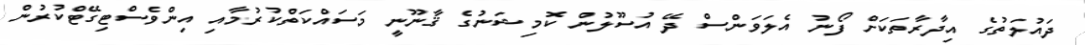
ދައުލަތުގެ އިދާރާތަކަށް ފޯނު އެލަވަންސް ދޭ އުސޫލުން ކޮމިޝަނުގެ ޤާނޫނީ މަސައްކަތްކުރުމާއި އިންވެސްޓިގޭޓްކުރުން